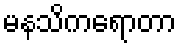
မနသိကရောတာ